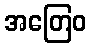
အတြေဝ